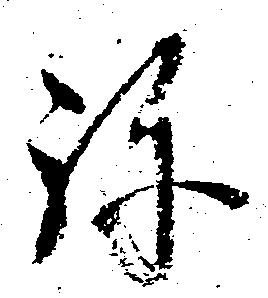
弥